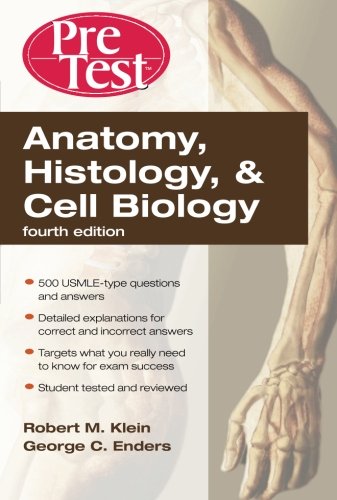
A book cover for Anatomy, Histology, & Cell Biology: PreTest Self-Assessment & Review, Fourth Edition; Robert Klein; Medical Books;